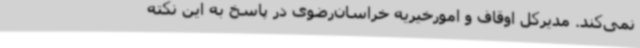
نمی‌کند. مدیرکل اوقاف و امورخیریه خراسان‌رضوی در پاسخ به این نکته